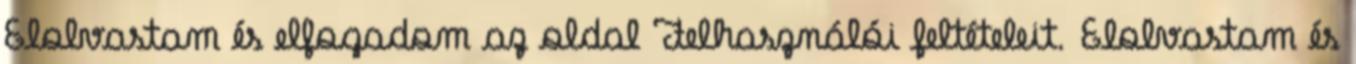
Elolvastam és elfogadom az oldal Felhasználói feltételeit. Elolvastam és